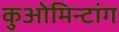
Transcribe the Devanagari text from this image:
कुओमिन्टांग